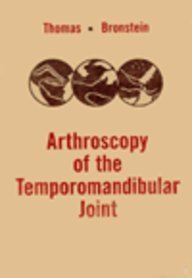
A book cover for Arthroscopy of the Temporomandibular Joint, 1e; Mohan Thomas; Medical Books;